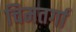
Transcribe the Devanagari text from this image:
चिमतर्गा